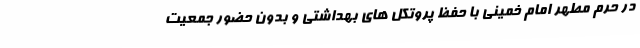
در حرم مطهر امام خمینی با حفظ پروتکل های بهداشتی و بدون حضور جمعیت